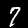
Digit: 7